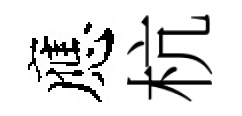
應杭